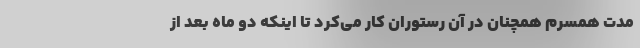
مدت همسرم همچنان در آن رستوران کار می‌کرد تا اینکه دو ماه بعد از